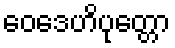
ဝေဒေဟိပုတ္တော